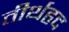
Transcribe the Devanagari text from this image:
तीर्थहृद